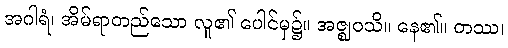
အဂါရံ၊ အိမ်ရာတည်သော လူ၏ ပေါင်မှ၌။ အဇ္ဈဝသိ။ နေ၏။ တဿ၊